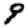
Digit: 9